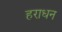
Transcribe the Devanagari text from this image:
हराधन